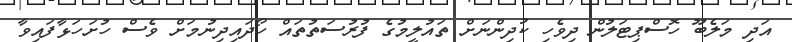
އަދި މަލެބޫ ހޮސްޕިޓަލުން ދިވެހި ކުދިންނަށް ތައުލީމުގެ ފުރުސަތުތައް ހޯދައިދިނުމަށް ވެސް ހުށަހަޅާފައިވާ